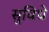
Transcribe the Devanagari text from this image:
सुविधे